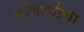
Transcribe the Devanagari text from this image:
मशिनरीचा